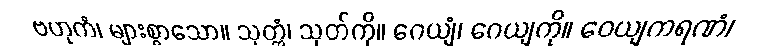
ဗဟုကံ၊ များစွာသော။ သုတ္တံ၊ သုတ်ကို။ ဂေယျံ၊ ဂေယျကို။ ဝေယျကရဏံ၊